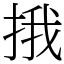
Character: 㧴